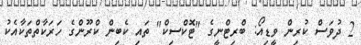
2 ދުވަަސް ކުރިން ވީޑިއޯ: ބްރިޓްނީގެ "ޓޮކްސިކް" ތައި ކެބިން ކްރޫންގެ ހަރަކާތްތަކާއެކު